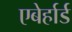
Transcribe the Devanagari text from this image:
एबेर्हार्ड